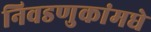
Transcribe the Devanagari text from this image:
निवडणुकांमधे